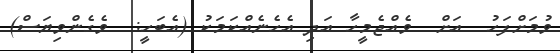
ވުމަށްފަހު  އަށް  ވެއްޖެމީހާ އަދި އެހެނެއްކަމަކު (އެބަހީ:  ވެގެންވިޔަސް)